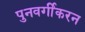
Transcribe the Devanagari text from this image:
पुनवर्गीकरन